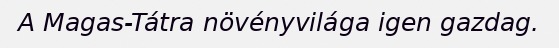
A Magas-Tátra növényvilága igen gazdag.